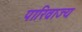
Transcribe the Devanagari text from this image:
पारिव्राज्य